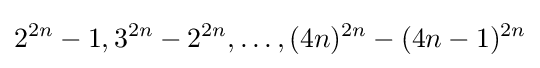
2^{2n}-1,3^{2n}-2^{2n},\dots ,(4n)^{2n}-(4n-1)^{2n}